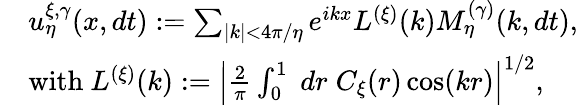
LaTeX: \begin{array}{rl}&{u_{\eta}^{\xi,\gamma}(x,dt):=\sum_{|k|<4\pi/\eta}e^{ikx}L^{(\xi)}(k)M_{\eta}^{(\gamma)}(k,dt),}\\ &{\mathrm{with~}L^{(\xi)}(k):=\left|\frac{2}{\pi}\int_{0}^{1}\; dr\; C_{\xi}(r)\cos(kr)\right|^{1/2},}\end{array}